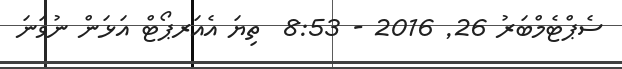
ސެޕްޓެމްބަރު 26